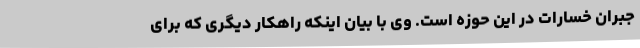
جبران خسارات در این حوزه است. وی با بیان اینکه راهکار دیگری که برای